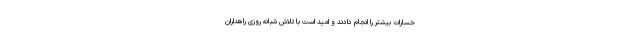
خسارات بیشتر را انجام دادند و امید است با تلاش شبانه روزی راهداران